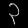
Digit: ၃